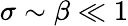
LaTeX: \sigma\sim\beta\ll 1